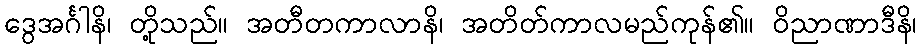
ဒွေအင်္ဂါနိ၊ တို့သည်။ အတီတကာလာနိ၊ အတိတ်ကာလမည်ကုန်၏။ ဝိညာဏာဒီနိ၊